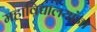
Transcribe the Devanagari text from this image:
महाविद्यालयांना